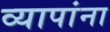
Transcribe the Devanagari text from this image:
व्यापांना